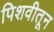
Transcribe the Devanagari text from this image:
पिशवीतून